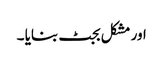
اور مشکل بجٹ بنایا ۔